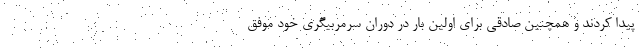
پیدا کردند و همچنین صادقی برای اولین بار در دوران سرمربیگری خود موفق